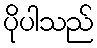
ပိုပါသည်